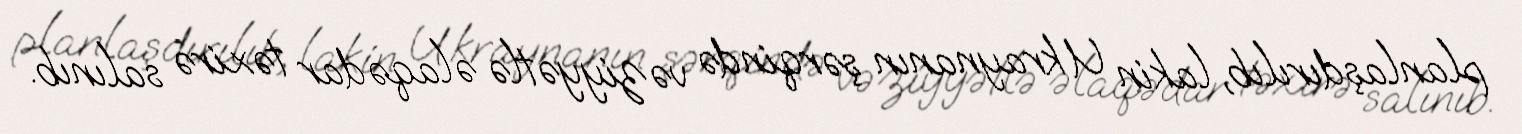
planlaşdırılıb, lakin Ukraynanın şərqində vəziyyətlə əlaqədar təxirə salınıb.